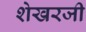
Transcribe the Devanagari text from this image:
शेखरजी